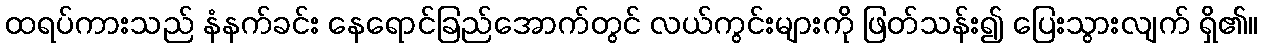
ထရပ်ကားသည် နံနက်ခင်း နေရောင်ခြည်အောက်တွင် လယ်ကွင်းများကို ဖြတ်သန်း၍ ပြေးသွားလျက် ရှိ၏။